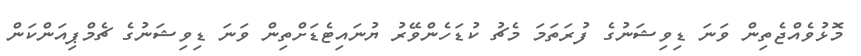
މޮޅުވެއްޖެތިން ވަނަ ޑިވިޝަނުގެ ފުރަތަމަ މެޗު ކުޑަހެންވޭރު ޔުނައިޓެޑަށްތިން ވަނަ ޑިވިޝަނުގެ ޗެމްޕިއަންކަން